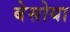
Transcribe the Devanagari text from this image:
बेसोया